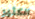
الكثير